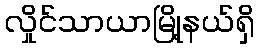
လှိုင်သာယာမြို့နယ်ရှိ